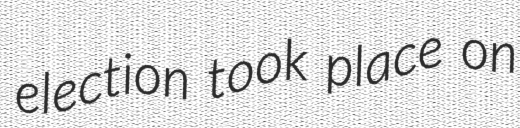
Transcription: election took place on